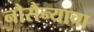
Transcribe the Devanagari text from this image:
नौसैन्याचा